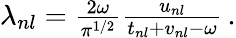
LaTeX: \begin{array}{r}{\lambda_{nl}=\frac{2\omega}{\pi^{1/2}}\frac{u_{nl}}{t_{nl}+v_{nl}-\omega}\, .}\end{array}